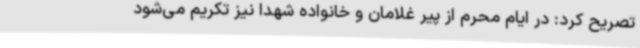
تصریح کرد: در ایام محرم از پیر غلامان و خانواده شهدا نیز تکریم می‌شود